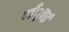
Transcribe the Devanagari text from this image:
पहँुचाई